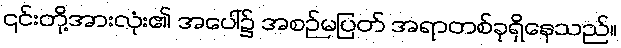
၎င်းတို့အားလုံး၏ အပေါ်၌ အစဉ်မပြတ် အရာတစ်ခုရှိနေသည်။